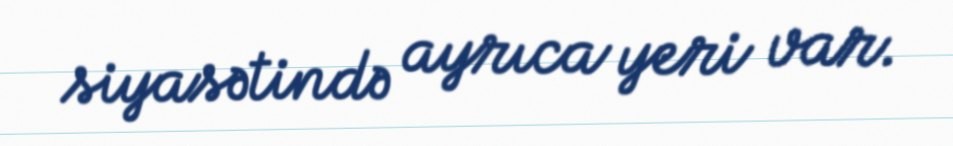
siyasətində ayrıca yeri var.